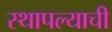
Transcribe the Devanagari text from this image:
स्थापल्याची